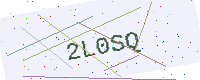
Text: 2L0SQ